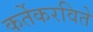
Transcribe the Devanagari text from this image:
कर्तेकरविते